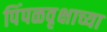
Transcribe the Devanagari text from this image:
पिंपळवृक्षाच्या